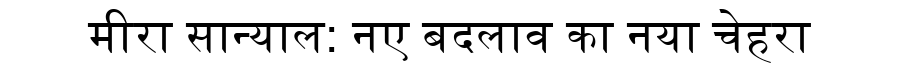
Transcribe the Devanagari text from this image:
मीरा सान्याल: नए बदलाव का नया चेहरा